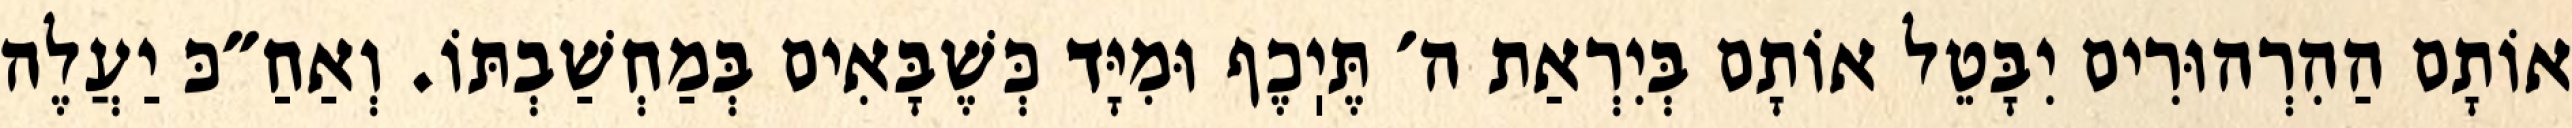
אוֹתָם הַהִרְהוּרִים יִבָּטֵל אוֹתָם בְּיִרְאַת ה׳ תֶּיֽכֶף וּמִיָּד כְּשֶׁבָּאִים בְּמַחְשַׁבְתּוֹ. וְאַחַ״כּ יַעֲלֶה